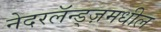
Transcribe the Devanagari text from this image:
नेदरलॅन्ड्ज़मधील